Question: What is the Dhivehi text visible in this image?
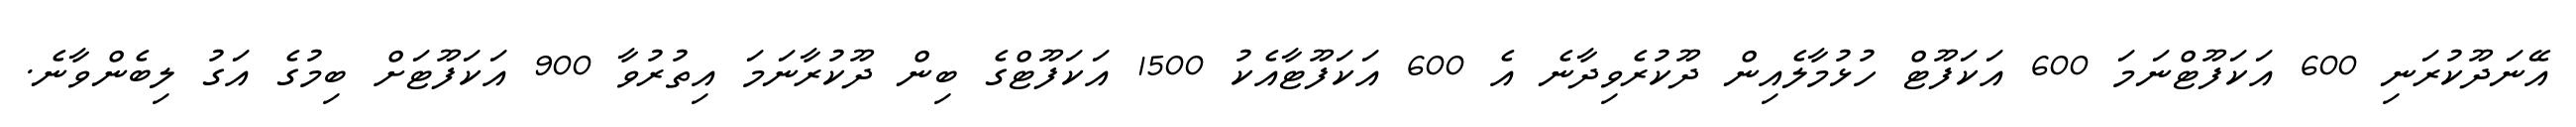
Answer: އޭނަދޫކުރަނި 600 އަކަފޫޓްނަމަ 600 އަކަފޫޓް ހުޅުމާލެއިން ދޫކުރެވިދާނެ އެ 600 އަކަފޫޓާއެކު 1500 އަކަފޫޓްގެ ބިން ދޫކުރާނަމަ އިތުރުވާ 900 އަކަފޫޓަށް ބިމުގެ އަގު ލިބެންވާނެ.